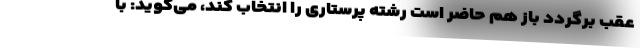
عقب برگردد باز هم حاضر است رشته پرستاری را انتخاب کند، می‌گوید: با